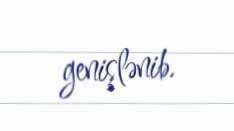
genişlənib.